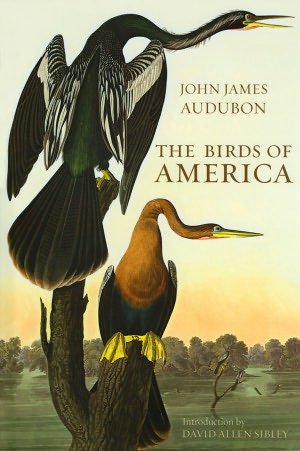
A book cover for The Birds of America; John James Audubon; Sports & Outdoors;